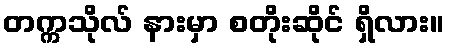
တက္ကသိုလ် နားမှာ စတိုးဆိုင် ရှိလား။